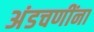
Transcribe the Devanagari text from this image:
अंडचणींना